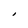
Character: I